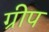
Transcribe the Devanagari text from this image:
ग्रीप